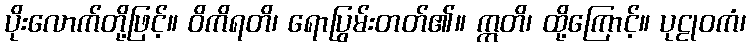
ပိုးလောက်တို့ဖြင့်။ ဝိကိရတိ၊ ရောပြွမ်းတတ်၏။ ဣတိ၊ ထို့ကြောင့်။ ပုဠုဝကံ၊